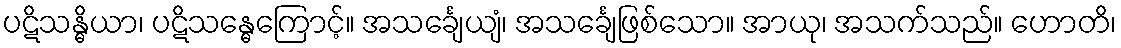
ပဋိသန္ဓိယာ၊ ပဋိသန္ဓေကြောင့်။ အသင်္ချေယျံ၊ အသင်္ချေဖြစ်သော။ အာယု၊ အသက်သည်။ ဟောတိ၊